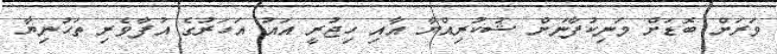
ވަރަށް ބޮޑަށް މަނިކުފާނަށް ޝުކުރިއްޔާ އާއި ހިޖުރީ އައު އަހަރުގެ އުފާވެރި ތަހުނިޔާ